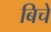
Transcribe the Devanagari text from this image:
बिचे